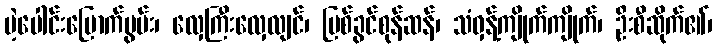
ပဲ့ပေါင်းပြောက်မွမ်း၊ လှေကြီးလှေလျင်၊ မြစ်ခွင်စုန်ဆန်၊ သံဝှန့်ကျိုက်ကျိုက်၊ ဦးစီဆိုက်၏၊